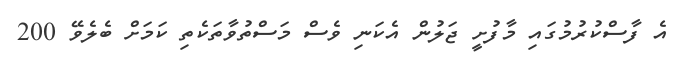
އެ ފާސްކުރުމުގައި މާފުށީ ޖަލުން އެކަނި ވެސް މަސްތުވާތަކެތި ކަމަށް ބެލެވޭ 200